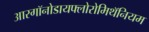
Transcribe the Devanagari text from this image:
आरगॉनोडायफ्लोरोमिथॅनियम